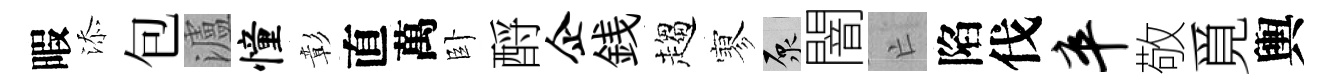
暇添包瀘憧彰直萬卧酹企銭趨寥原闇亡陷伐卒敬覓輿